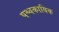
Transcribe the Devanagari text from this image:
पश्चकायिक